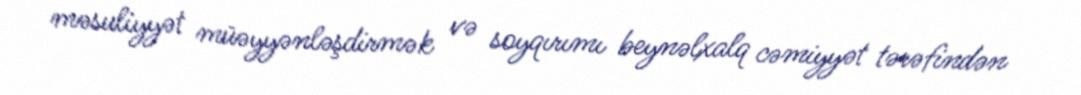
məsuliyyət müəyyənləşdirmək və soyqırımı beynəlxalq cəmiyyət tərəfindən